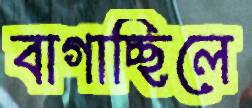
বাগাচ্ছিলে